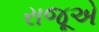
રાજૂએ